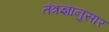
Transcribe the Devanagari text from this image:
तंत्रज्ञानुसार